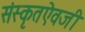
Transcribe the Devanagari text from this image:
संस्कृतऐवजी